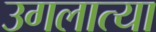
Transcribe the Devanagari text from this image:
उगलात्या